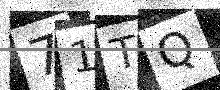
Text: 71TQ